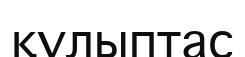
құлыптас